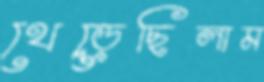
থেব্‌ড়েছিলাম